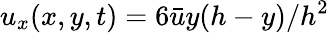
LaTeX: u_{x}(x,y,t)=6\bar{u}y(h-y)/h^{2}